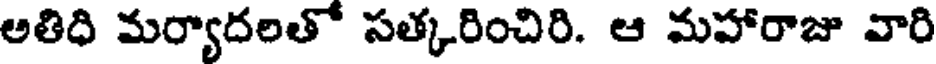
అతిధి మర్యాదలతో సత్కరించిరి. ఆ మహారాజు వారి